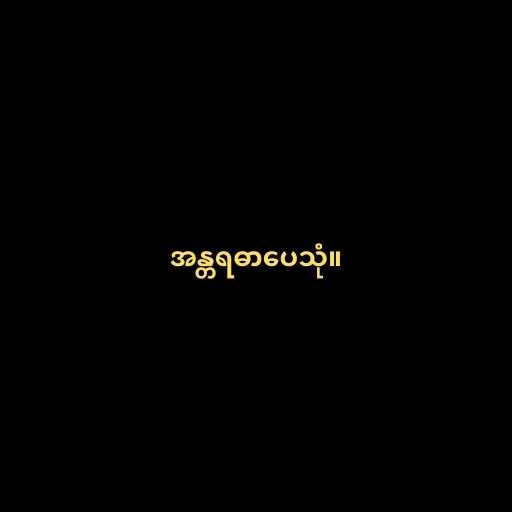
အန္တရဓာပေသုံ။